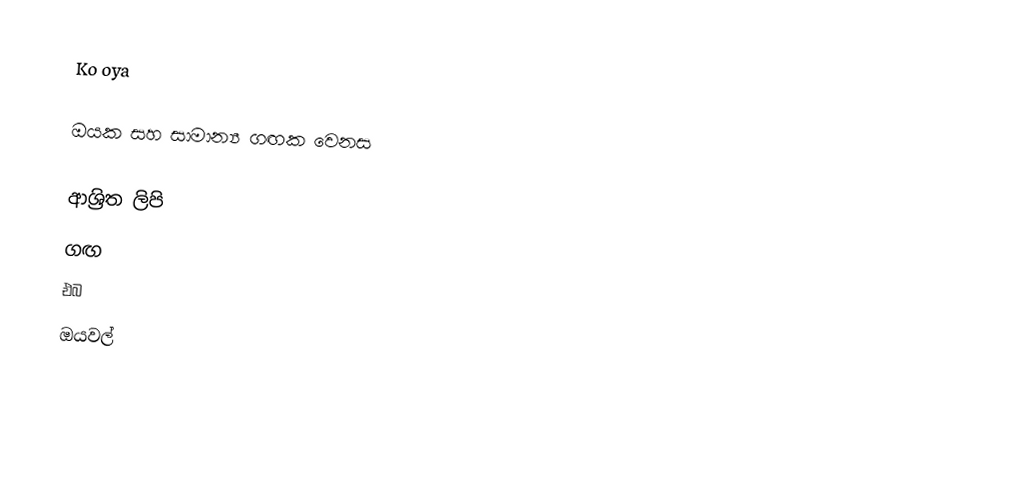
Ko oya

ඔයක සහ සාමාන්‍ය ගඟක වෙනස

ආශ්‍රිත ලිපි
 ගඟ
 එබ
ඔයවල්